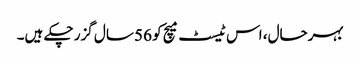
بہرحال، اس ٹیسٹ میچ کو 56 سال گزر چکے ہیں۔